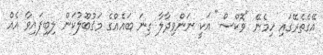
އޭގެތެރޭގައި ހިމެނޭ "ވޮކްސް" އަކީ ނަންވިދާލާ ގިނަ ބައެއްގެ މަޤުބޫލުކަން ލިބިފައިވާ އެއް